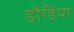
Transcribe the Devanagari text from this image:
डौडिया